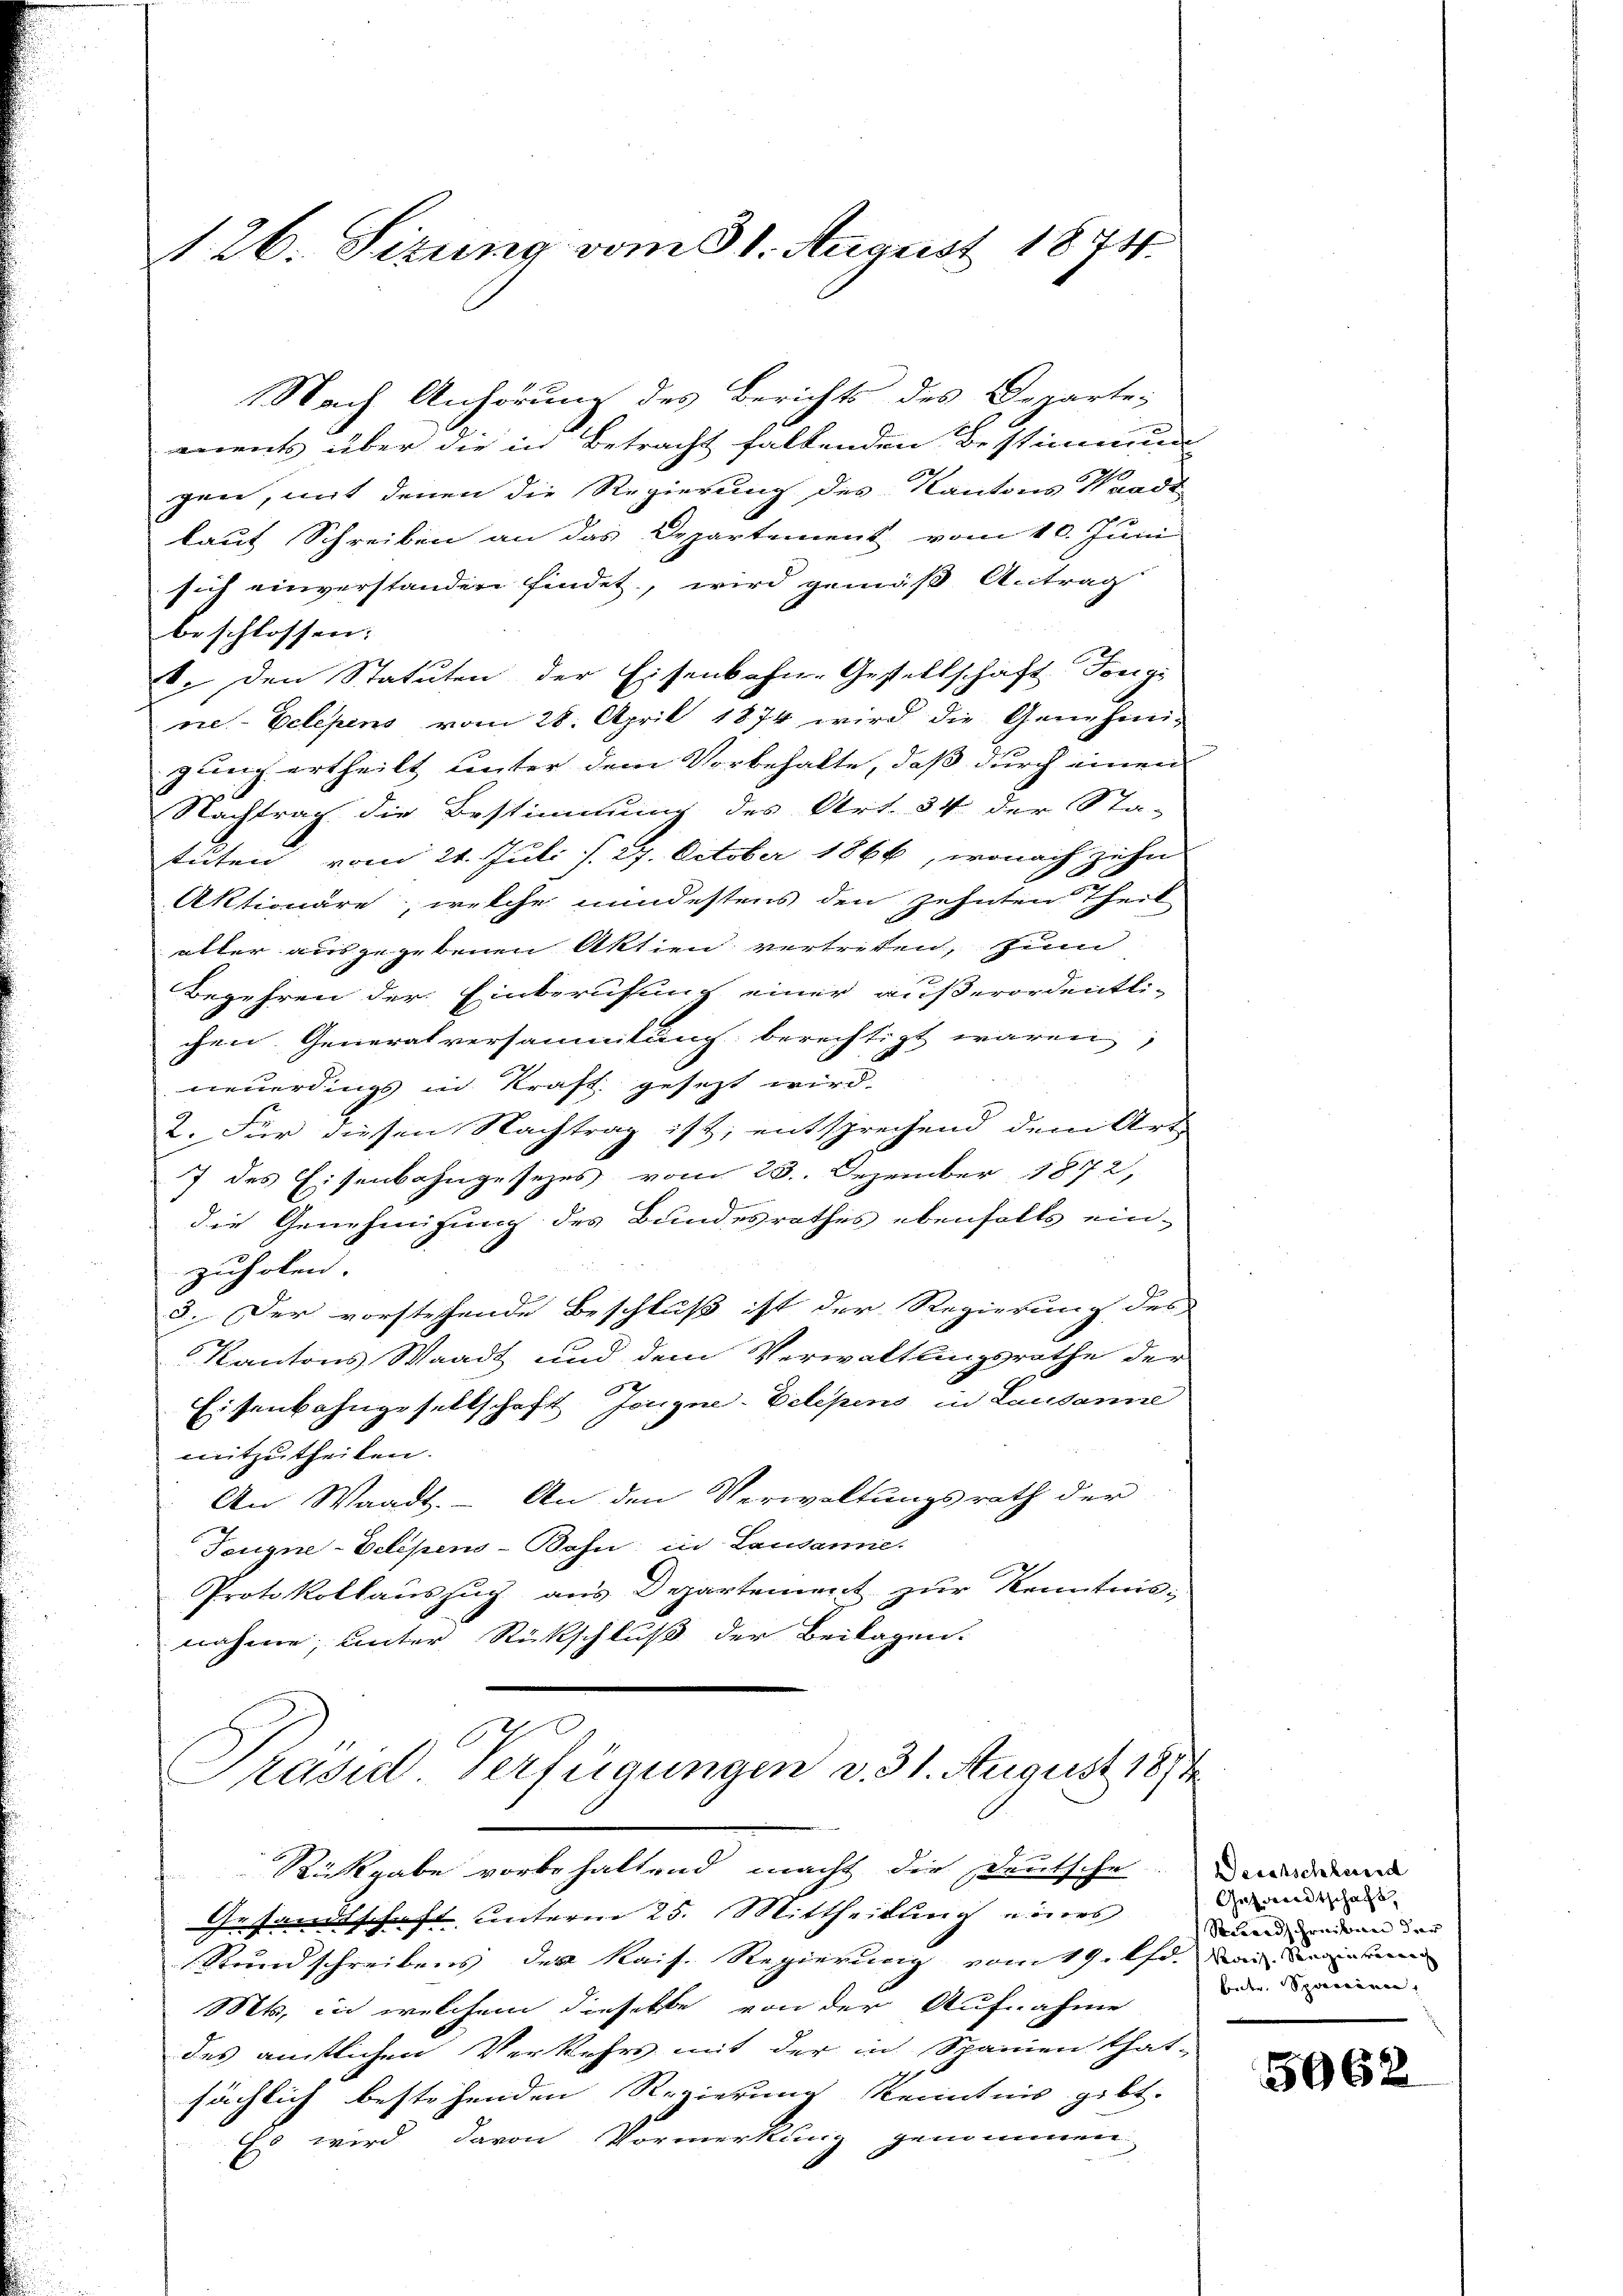
Nach Anhörung des Berichts des Departe-
ements über die in Betracht fallenden Bestimmun
gen, mit denen die Regierung des Kantons Waadt
laut Schreiben an das Departement vom 10. Juni
sich einverstanden findet, wird gemäß Antrag
beschlossen:
. den Statuten der Eisenbahn-Gestellschaft Tongi
ne-Eclepens vom 28. April 1874 wird die Genehmi-
gung ertheilt unter dem Vorbehalte, daß durch einen
Nachtrag die Bestimmung des Art. 34 der Sta-
tuten vom 24. Juli d. 27. October 1866, wonach zehn
Aktionäre, welche mindestens den zehnten Theil
aller ausgegebenen Aktien vertreten, zum
Begehren der Einberufung einer außerordentli-
chen Generalversammlung berechtigt waren,
neuerdings in Kraft gesezt wird.
2. Für diesen Nachtrag ist; entsprechend dem Art.
7 des Eisenbahngesezes vom 23. Dezember 1872,
die Genehmigung des Bundesrathes ebenfalls ein-
zuholen.
3. Der vorstehende Beschluß ist der Regierung des
Kantons Waadt und dem Verwaltungsrathe der
7
Eisenbahngesellschaft feugne-Velesens in Lausanne
mitzutheilen.
An Waadt. – An den Verwaltungsrath der
Tougne-Eclipens-Bohn; in Lausanne.
Protokollauszug aus Departement zur Kenntnis;
nahme, unter Rückschluß der Beilagen.
C
kasid Verfügungen v. 31. August 1891
Rickgabe vorbehaltend macht die Deutsche. Da
Gesandtschaft unterm 25. Mittheilung eines
 Stundschreibens des Kais. Regierung vom 19. lfd. war diese
Mts, in welchem dieselbe von der Aufnahme
des amtlichen Verkehrs mit der in Spanien that-
sächlich bestehenden Regierung Kenntnis gibt.
Es wird davon Vormerkung genommen.

126. Sizung vom 31. August 1874.

Gut wardtschaft,
Standschreiben der
bete Spanieren,

5962